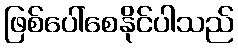
ဖြစ်ပေါ်စေနိုင်ပါသည်